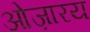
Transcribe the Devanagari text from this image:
ओज़ारय